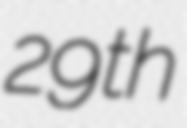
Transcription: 29th